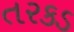
તરકડ